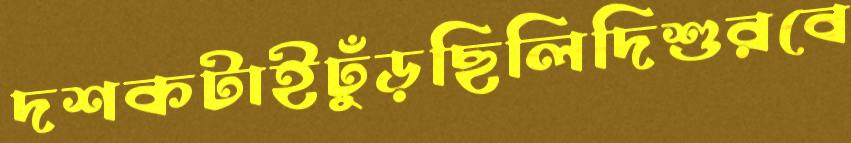
দশকটাইঢুঁড়ছিলিদিশুরবে